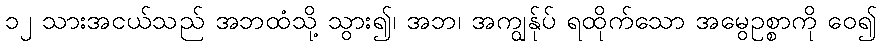
၁၂ သားအငယ်သည် အဘထံသို့ သွား၍၊ အဘ၊ အကျွန်ုပ် ရထိုက်သော အမွေဥစ္စာကို ဝေ၍